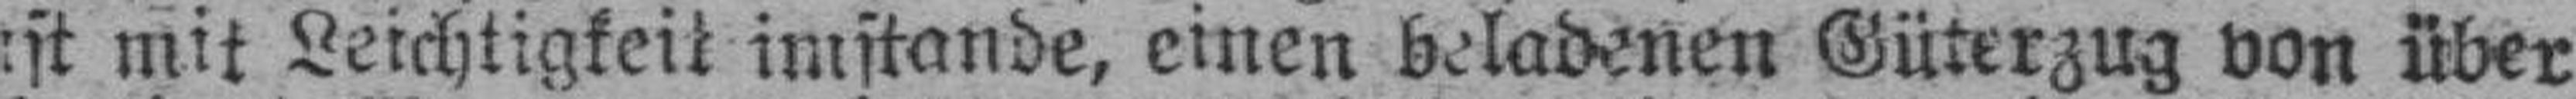
ist mit Leichtigkeit imstande, einen beladenen Güterzug von über